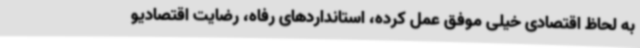
به لحاظ اقتصادی خیلی موفق عمل کرده، استانداردهای رفاه، رضایت اقتصادیو